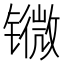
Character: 𨱖